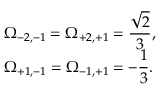
\begin{array} { l } { \displaystyle \Omega _ { - 2 , - 1 } = \Omega _ { + 2 , + 1 } = \frac { \sqrt { 2 } } { 3 } , } \\ { \displaystyle \Omega _ { + 1 , - 1 } = \Omega _ { - 1 , + 1 } = - \frac { 1 } { 3 } . } \end{array}